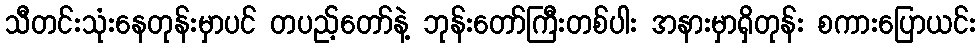
သီတင်းသုံးနေတုန်းမှာပင် တပည့်တော်နဲ့ ဘုန်းတော်ကြီးတစ်ပါး အနားမှာရှိတုန်း စကားပြောယင်း